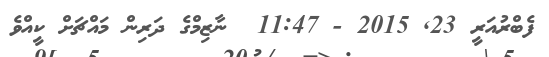
ފެބްރުއަރީ 23